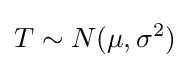
T\sim N(\mu ,\sigma ^{2})